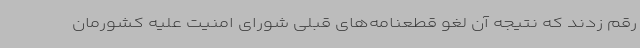
رقم زدند که نتیجه آن لغو قطعنامه‌های قبلی شورای امنیت علیه کشورمان